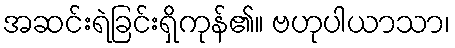
အဆင်းရဲခြင်းရှိကုန်၏။ ဗဟုပါယာသာ၊